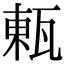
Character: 㼯